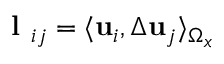
\textbf { l } _ { i j } = \langle { \mathbf { u } } _ { i } , \Delta { \mathbf { u } } _ { j } \rangle _ { \Omega _ { x } }